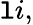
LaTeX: \mathtt{l}i,